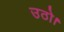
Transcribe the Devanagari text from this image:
उठो।